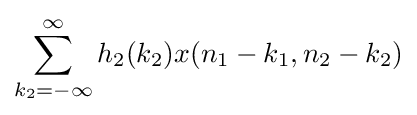
\sum _{k_{2}=-\infty }^{\infty }h_{2}(k_{2})x(n_{1}-k_{1},n_{2}-k_{2})